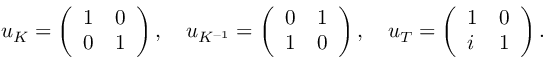
\begin{array} { r } { \boldsymbol { u } _ { K } = \left( \begin{array} { l l } { 1 } & { 0 } \\ { 0 } & { 1 } \end{array} \right) , \quad \boldsymbol { u } _ { K ^ { - 1 } } = \left( \begin{array} { l l } { 0 } & { 1 } \\ { 1 } & { 0 } \end{array} \right) , \quad \boldsymbol { u } _ { T } = \left( \begin{array} { l l } { 1 } & { 0 } \\ { i } & { 1 } \end{array} \right) . } \end{array}